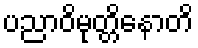
ပညာဝိမုတ္တိနောတိ